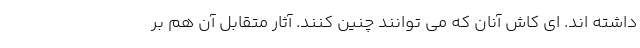
داشته اند. ای کاش آنان که می توانند چنین کنند. آثار متقابل آن هم بر